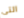
التى